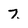
Character: 7